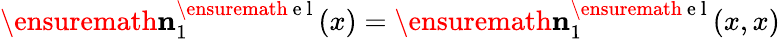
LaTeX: \ensuremath{\mathbf{n}}_{1}^{\ensuremath{\mathrm{~e~l~}}}(x)=\ensuremath{\mathbf{n}}_{1}^{\ensuremath{\mathrm{~e~l~}}}(x,x)